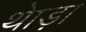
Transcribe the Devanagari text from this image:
थेाड़ा